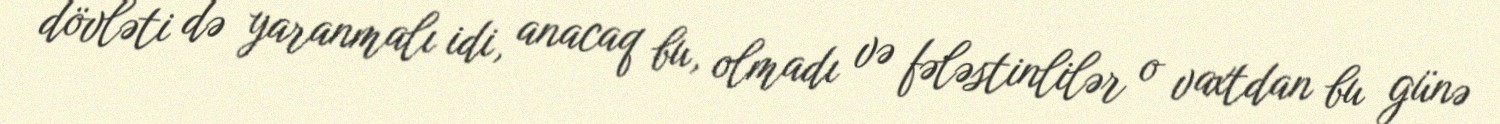
dövləti də yaranmalı idi, anacaq bu, olmadı və fələstinlilər o vaxtdan bu günə